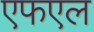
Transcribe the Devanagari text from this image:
एफएल